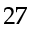
2 7